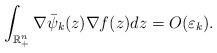
LaTeX: \begin{align*}\int_{\mathbb{R}_{+}^{n}}\nabla\bar{\psi}_{k}(z)\nabla f(z)dz=O(\varepsilon_{k}).\end{align*}